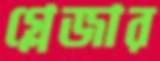
গ্লেজার